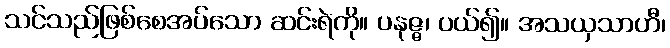
သင်သည်ဖြစ်စေအပ်သော ဆင်းရဲကို။ ပနုဇ္ဇ၊ ပယ်၍။ အသယှသာဟီ၊